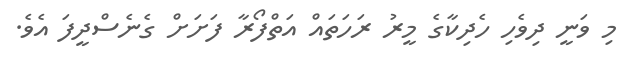
މި ވަނީ ދިވެހި ހެދިކާގެ މީރު ރަހަތައް އަތްފޯރާ ފަށަށް ގެނެސްދީފަ އެވެ.